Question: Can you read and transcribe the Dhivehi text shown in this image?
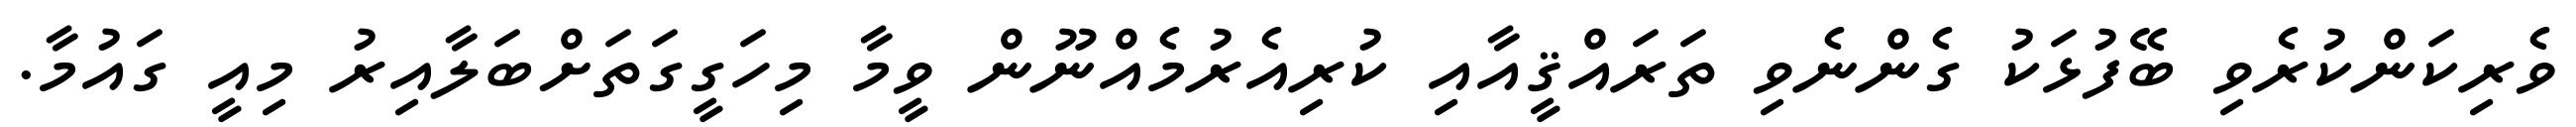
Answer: ވެރިކަންކުރެވި ބޭފުޅަކު ގެންނެވި ތަރައްޤީއާއި ކުރިއެރުމެއްނޫން ވީމާ މިހަގީގަތަށްބަލާއިރު މިއީ ގައުމާ.